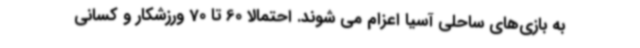
به بازی‌های ساحلی آسیا اعزام می شوند. احتمالا 60 تا 70 ورزشکار و کسانی